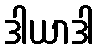
ဒါယာဒါ